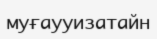
муғаууизатайн